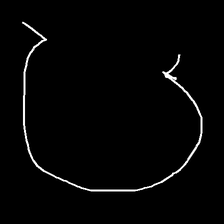
Glyph: weave